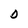
Character: D